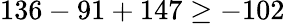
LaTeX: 136-91+147\geq-102